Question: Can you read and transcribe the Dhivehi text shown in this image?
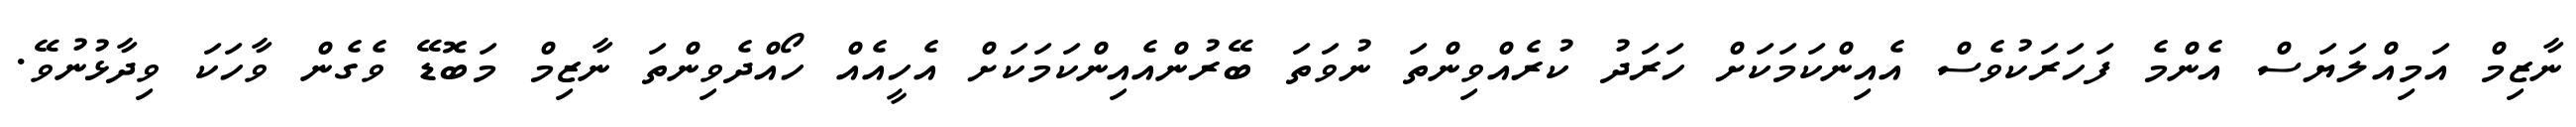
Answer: ނާޒިމް އަމިއްލަޔަސް އެންމެ ފަހަރަކުވެސް އެއިންކަމަކަށް ހަރަދު ކުރެއްވިންތަ ނުވަތަ ބޭރުންއެއިންކަމަކަށް އެހީއެއް ހޯއްދެވިންތަ ނާޒިމް މަބޮޑޭ ވެގެން ވާހަކަ ވިދާޅުނުވޭ.